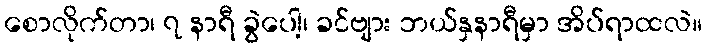
စောလိုက်တာ၊ ၇ နာရီ ခွဲပေါ့၊ ခင်ဗျား ဘယ်နှနာရီမှာ အိပ်ရာထလဲ။